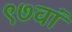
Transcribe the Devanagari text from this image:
९७वां